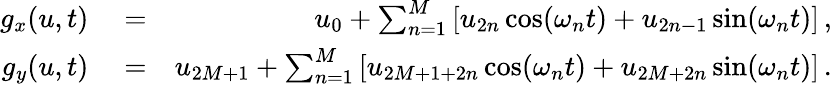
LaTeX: \begin{array}{rlr}{g_{x}(u,t)}&{{}=}&{u_{0}+\sum_{n=1}^{M}\left[u_{2n}\cos(\omega_{n}t)+u_{2n-1}\sin(\omega_{n}t)\right]\, ,}\\ {g_{y}(u,t)}&{{}=}&{u_{2M+1}+\sum_{n=1}^{M}\left[u_{2M+1+2n}\cos(\omega_{n}t)+u_{2M+2n}\sin(\omega_{n}t)\right]\, .}\end{array}